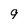
Character: 9